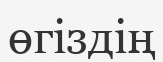
өгіздің